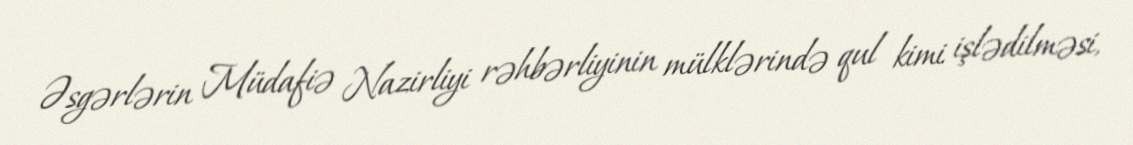
Əsgərlərin Müdafiə Nazirliyi rəhbərliyinin mülklərində qul kimi işlədilməsi,